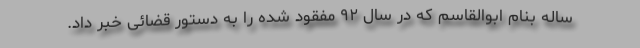
ساله بنام ابوالقاسم که در سال ۹۲ مفقود شده را به دستور قضائی خبر داد.